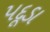
પદૂડા